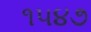
૧૫૪૭